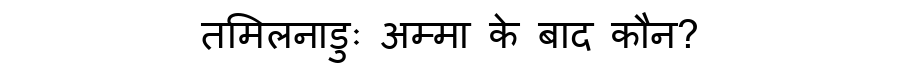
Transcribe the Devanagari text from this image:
तमिलनाडुः अम्मा के बाद कौन?